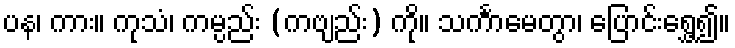
ပန၊ ကား။ ကုသံ၊ ကမ္ပည်း (ကဗျည်း) ကို။ သင်္ကာမေတွာ၊ ပြောင်းရွှေ့၍။